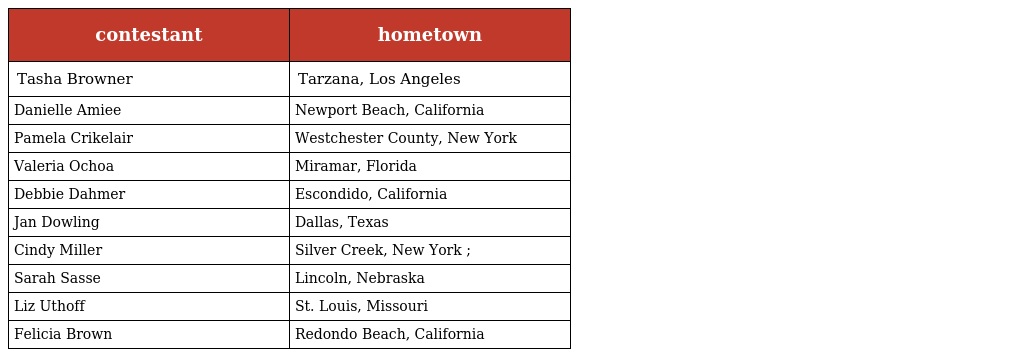
| contestant | hometown |
 | --- | --- |
 | Tasha Browner | Tarzana, Los Angeles |
 | Danielle Amiee | Newport Beach, California |
 | Pamela Crikelair | Westchester County, New York |
 | Valeria Ochoa | Miramar, Florida |
 | Debbie Dahmer | Escondido, California |
 | Jan Dowling | Dallas, Texas |
 | Cindy Miller | Silver Creek, New York ; |
 | Sarah Sasse | Lincoln, Nebraska |
 | Liz Uthoff | St. Louis, Missouri |
 | Felicia Brown | Redondo Beach, California |